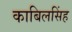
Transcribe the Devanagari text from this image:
काबिलसिंह